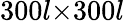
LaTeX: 300l{\times}300l